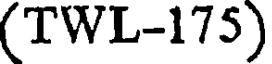
(TWL-175)